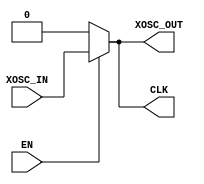
// This program was cloned from: https://github.com/T-head-Semi/wujian100_open
// License: MIT License

/*
Copyright (c) 2019 Alibaba Group Holding Limited

Permission is hereby granted, free of charge, to any person obtaining a copy of this software and associated documentation files (the "Software"), to deal in the Software without restriction, including without limitation the rights to use, copy, modify, merge, publish, distribute, sublicense, and/or sell copies of the Software, and to permit persons to whom the Software is furnished to do so, subject to the following conditions:

The above copyright notice and this permission notice shall be included in all copies or substantial portions of the Software.

THE SOFTWARE IS PROVIDED "AS IS", WITHOUT WARRANTY OF ANY KIND, EXPRESS OR IMPLIED, INCLUDING BUT NOT LIMITED TO THE WARRANTIES OF MERCHANTABILITY, FITNESS FOR A PARTICULAR PURPOSE AND NONINFRINGEMENT. IN NO EVENT SHALL THE AUTHORS OR COPYRIGHT HOLDERS BE LIABLE FOR ANY CLAIM, DAMAGES OR OTHER LIABILITY, WHETHER IN AN ACTION OF CONTRACT, TORT OR OTHERWISE, ARISING FROM, OUT OF OR IN CONNECTION WITH THE SOFTWARE OR THE USE OR OTHER DEALINGS IN THE SOFTWARE.

*/
module PAD_OSC_IO(
    EN    ,
    XOSC_OUT    ,
    XOSC_IN,
    CLK
);

input    EN;
input    XOSC_IN;
output   XOSC_OUT;
output   CLK;

assign CLK = EN ? XOSC_IN : 1'b0;
assign XOSC_OUT = EN ? XOSC_IN : 1'b0;

endmodule